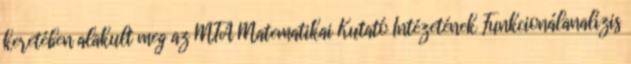
keretében alakult meg az MTA Matematikai Kutató Intézetének Funkcionálanalízis